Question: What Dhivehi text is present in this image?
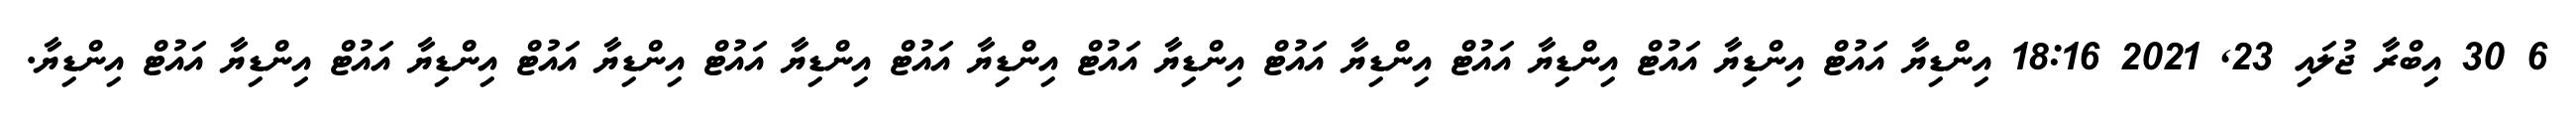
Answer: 6 30 އިބްރާ ޖުލައި 23, 2021 18:16 އިންޑިޔާ އައުޓް އިންޑިޔާ އައުޓް އިންޑިޔާ އައުޓް އިންޑިޔާ އައުޓް އިންޑިޔާ އައުޓް އިންޑިޔާ އައުޓް އިންޑިޔާ އައުޓް އިންޑިޔާ އައުޓް އިންޑިޔާ އައުޓް އިންޑިޔާ އައުޓް އިންޑިޔާ.